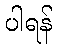
ပါရန်